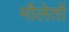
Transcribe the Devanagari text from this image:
मौलेतों